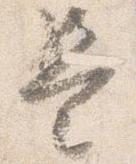
是